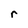
Character: r